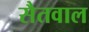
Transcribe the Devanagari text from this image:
सैतवाल